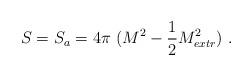
LaTeX: \begin{align*}S = S_a = 4\pi \ (M^2 - {1\over 2} M^2_{extr}) \ .\end{align*}